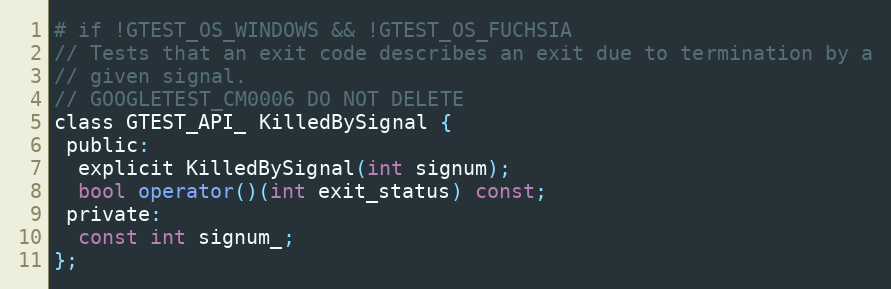
Language: C
# if !GTEST_OS_WINDOWS && !GTEST_OS_FUCHSIA
// Tests that an exit code describes an exit due to termination by a
// given signal.
// GOOGLETEST_CM0006 DO NOT DELETE
class GTEST_API_ KilledBySignal {
 public:
  explicit KilledBySignal(int signum);
  bool operator()(int exit_status) const;
 private:
  const int signum_;
};